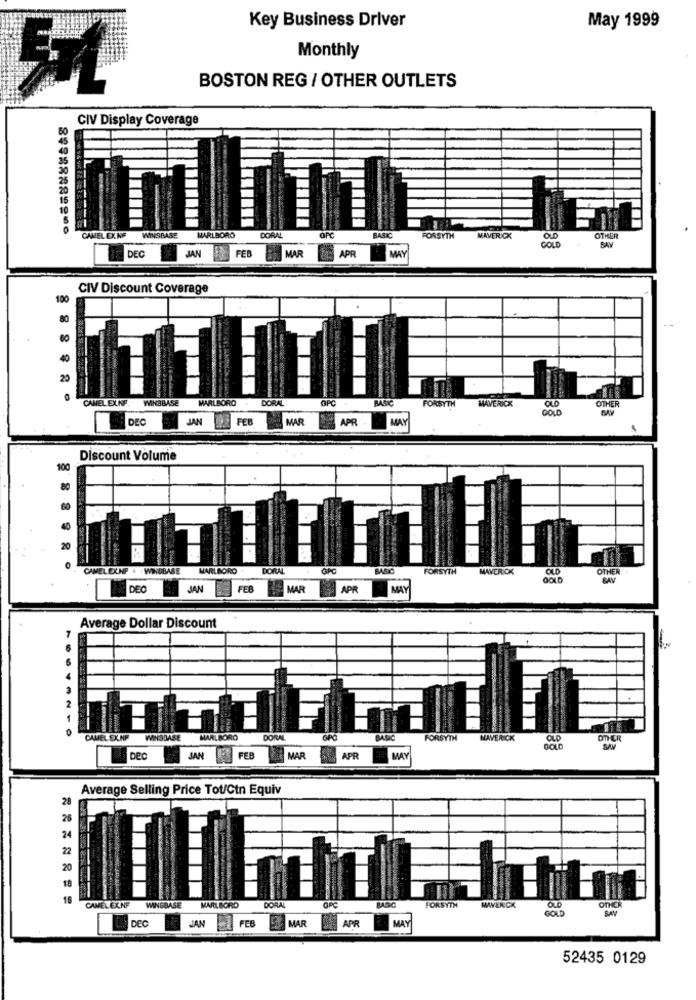
Key Business Driver
May 1999
Monthly
BOSTON REG / OTHER OUTLETS
CIV Display Coverage
OPC
CAMEL EXIF
WINSBASE
MARLBORO
DORAL
BASIC
FORSYTH
MAVERICK
OTHER
SAY
DEC
JAN
FEB
MAR
MAY
APR
CIV Discount Coverage
100
40
CAMEL EXKF.
WINSBASE
MARLBORO
DORAL
OPC
BASIC
MAVERICK
OTHER
FORSYTH
GOLD
OLD
DEC
JAN
FEB
MAS
APR
MAY
Discount Volume
100
20
CAMELEXNP & V
NOBASE
MARLBORO
DORAL
BASIC
FORSYTH
MAVERICK
OLD
OTHER
BAY
DEC
JAN
FER
MAR
APR
MAY
Average Dollar Discount
CAMEL EXNF
MAINSLASE
MARLBORO
DORAL
OPO
BARC
FORSYTH
MAVERICK
OLD
OTHER
SAM
Dec
JAN
FEB
MAR
APR
MAY
Average Selling Price Tot/Ctn Equiv
28
25
24
22
20
18
BASIC
CAMELEX.NF
WINSBASE
MARLBORO
DORAL
GPC
FORSYTH
MAVERICK
GOT
OLD
OTHE
DEC
JAN
FEB
MAR
APR
MAY
52435 0129